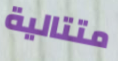
متتالية